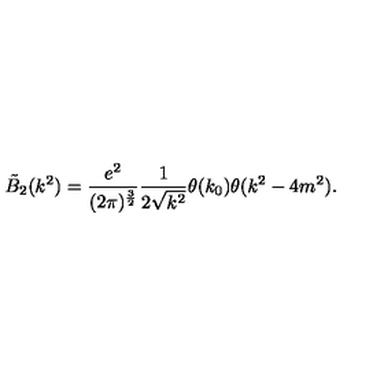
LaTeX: \tilde { B } _ { 2 } ( k ^ { 2 } ) = \frac { e ^ { 2 } } { ( 2 \pi ) ^ { \frac { 3 } { 2 } } } \frac { 1 } { 2 \sqrt { k ^ { 2 } } } \theta ( k _ { 0 } ) \theta ( k ^ { 2 } - 4 m ^ { 2 } ) .